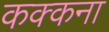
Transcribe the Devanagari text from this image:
कक्कना